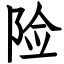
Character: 险